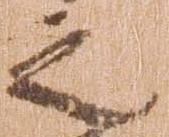
之